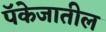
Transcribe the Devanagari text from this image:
पॅकेजातील